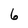
Character: 6